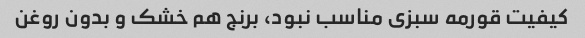
کیفیت قورمه سبزی مناسب نبود، برنج هم خشک و بدون روغن